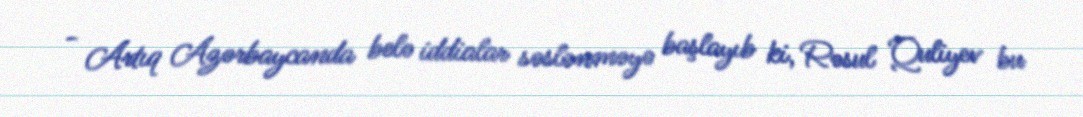
- Artıq Azərbaycanda belə iddialar səslənməyə başlayıb ki, Rəsul Quliyev bu